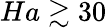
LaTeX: Ha\gtrsim 30